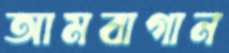
আমবাগান